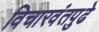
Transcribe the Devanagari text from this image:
विचारवंतपुढे